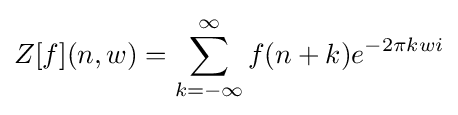
Z[f](n,w)=\sum _{k=-\infty }^{\infty }f(n+k)e^{-2\pi kwi}